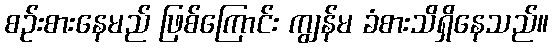
စဉ်းစားနေမည် ဖြစ်ကြောင်း ကျွန်မ ခံစားသိရှိနေသည်။